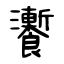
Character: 𩟗